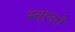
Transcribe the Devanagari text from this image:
स्वानने